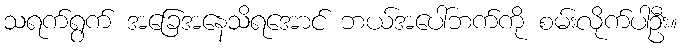
သရက်ရွက် အခြေအနေသိရအောင် ဘယ်အပေါ်ဘက်ကို စမ်းလိုက်ပါဦး။